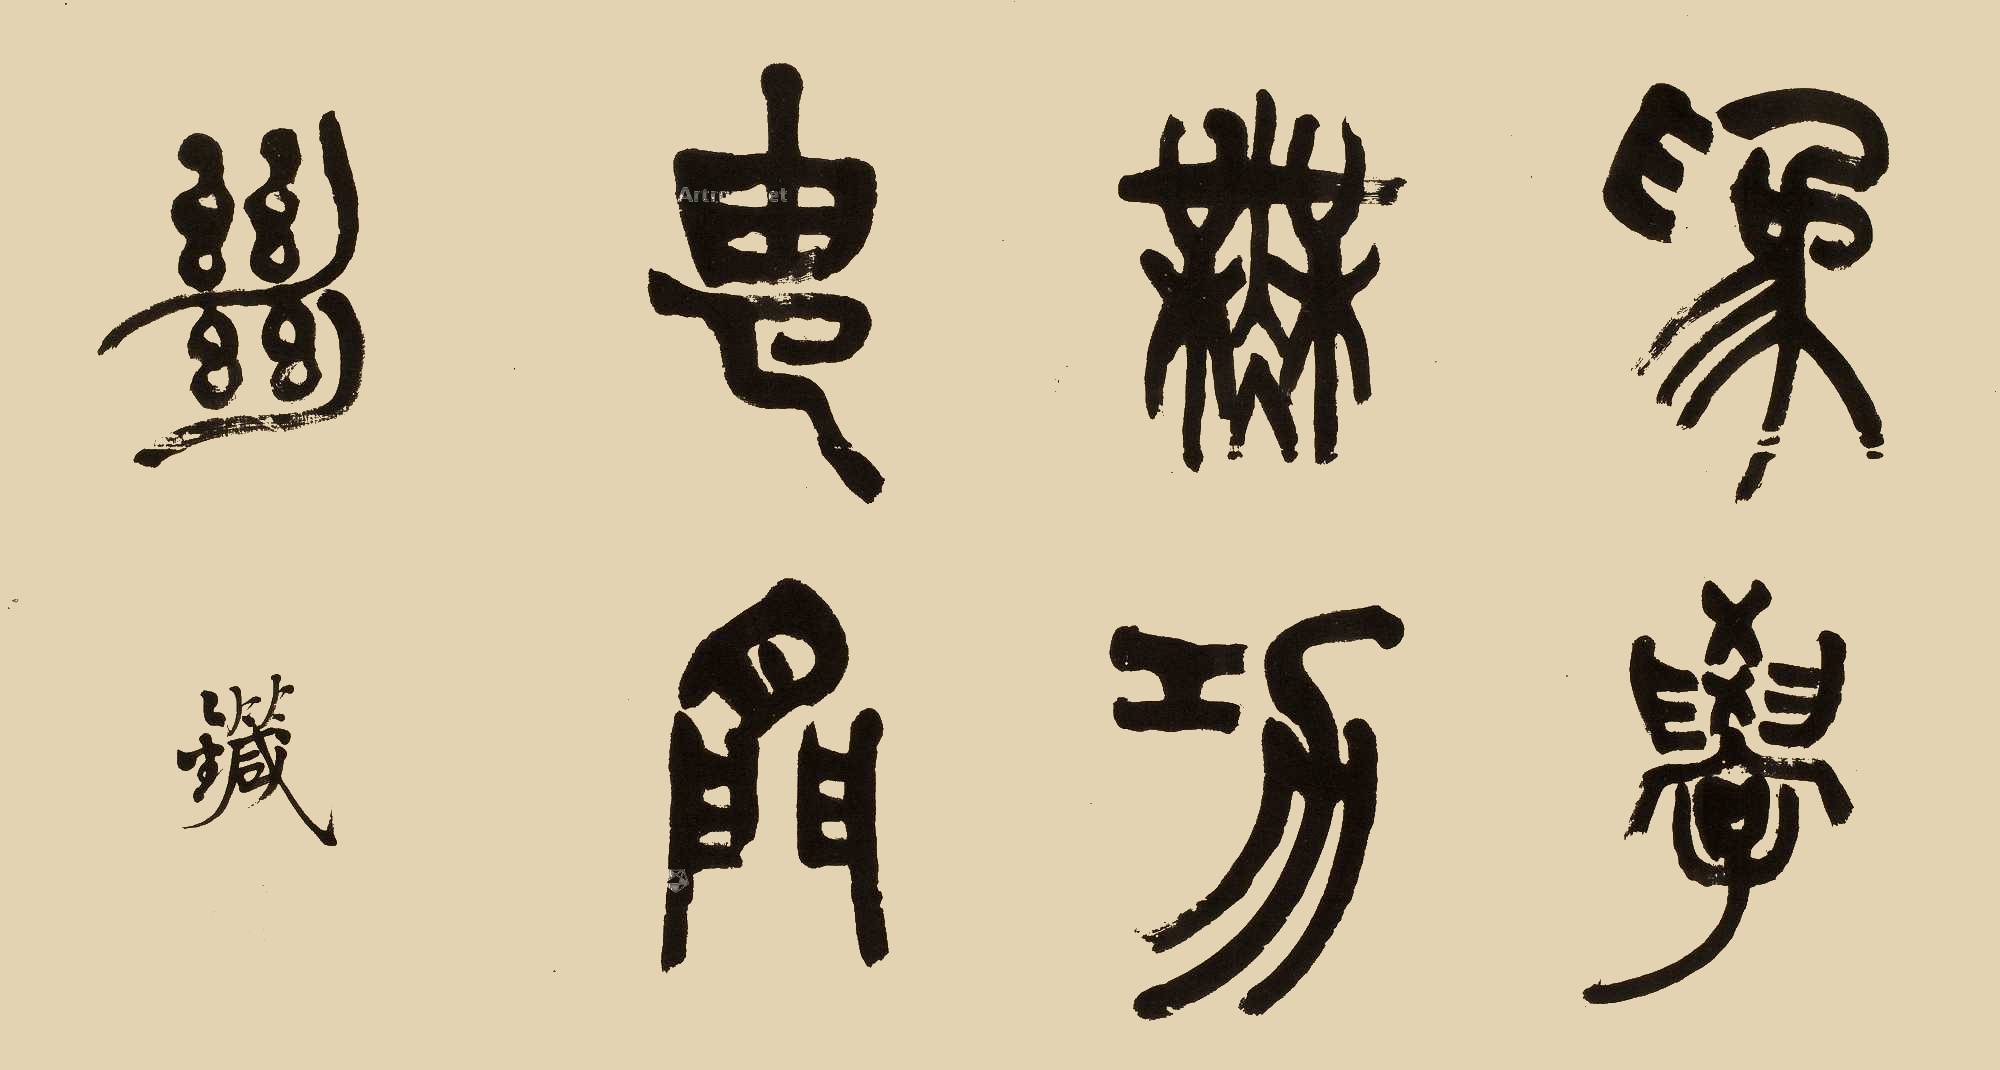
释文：唯学无功由间断。箴。